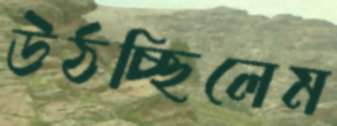
উঠচ্ছিলেম